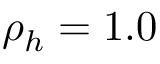
{ \rho _ { h } } = 1 . 0